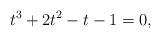
LaTeX: \begin{align*} t^3+2t^2-t-1=0, \end{align*}